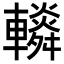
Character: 𨏏